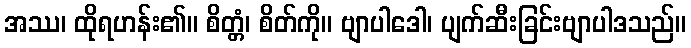
အဿ၊ ထိုရဟန်း၏။ စိတ္တံ၊ စိတ်ကို။ ဗျာပါဒေါ၊ ပျက်ဆီးခြင်းဗျာပါဒသည်။